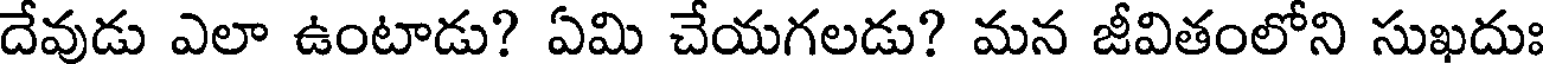
దేవుడు ఎలా ఉంటాడు? ఏమి చేయగలడు? మన జీవితంలోని సుఖదుః